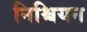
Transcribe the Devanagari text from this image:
निश्चियन